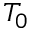
T _ { 0 }